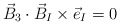
\begin{align*}{\vec B}_3\cdot {\vec B}_I \times {\vec e}_I=0\end{align*}